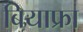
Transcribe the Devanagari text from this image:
बियाफ्रा